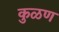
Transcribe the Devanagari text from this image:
कुळण